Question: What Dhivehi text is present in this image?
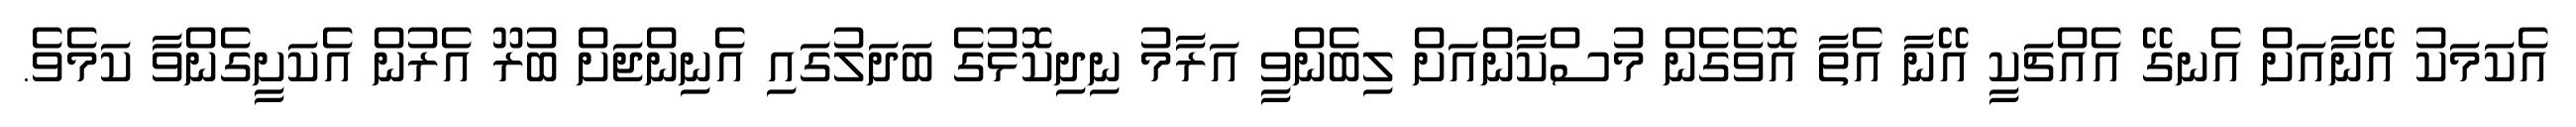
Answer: އެކަމަކު އޭނާއަށް އެނގޭ އެއްޗަކީ އޭނާ އެތާ އޮވެގެން މުސްކާންއަށް ލިބެންވީ އަރާމު ނިދިކޮޅުގެ ބަދަލުގައި އެނިންޖަށް ބުރޫ އެރުން އެކަށީގެންވާ ކަމެވެ.